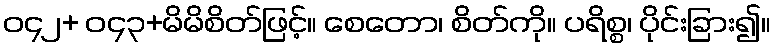
ဝ၄၂+ ဝ၄၃+မိမိစိတ်ဖြင့်။ စေတော၊ စိတ်ကို။ ပရိစ္စ၊ ပိုင်းခြား၍။